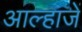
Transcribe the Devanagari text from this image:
आल्हाजें